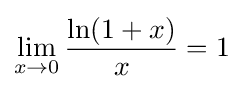
\lim _{x\to 0}{\frac {\ln(1+x)}{x}}=1